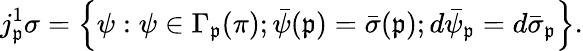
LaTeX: j_{\mathfrak{p}}^{1}\sigma=\left\{ \psi:\psi\in\Gamma_{\mathfrak{p}}(\pi);{\bar{{\psi}}}(\mathfrak{p})={\bar{{\sigma}}}(\mathfrak{p});d{\bar{{\psi}}}_{\mathfrak{p}}=d{\bar{{\sigma}}}_{\mathfrak{p}}\right\} .